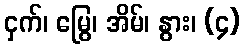
ငှက်၊ မြွေ၊ အိမ်၊ နွား၊ (၄)